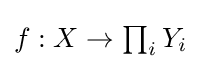
{\textstyle f:X\to \prod _{i}Y_{i}}